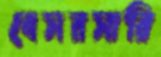
বেসরসারি